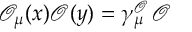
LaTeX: \mathcal { O } _ { \mu } ( x ) \mathcal { O } ( y ) = \gamma _ { \mu } ^ { \mathcal { O } } \, \mathcal { O }